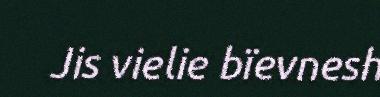
Jis vielie bïevnesh